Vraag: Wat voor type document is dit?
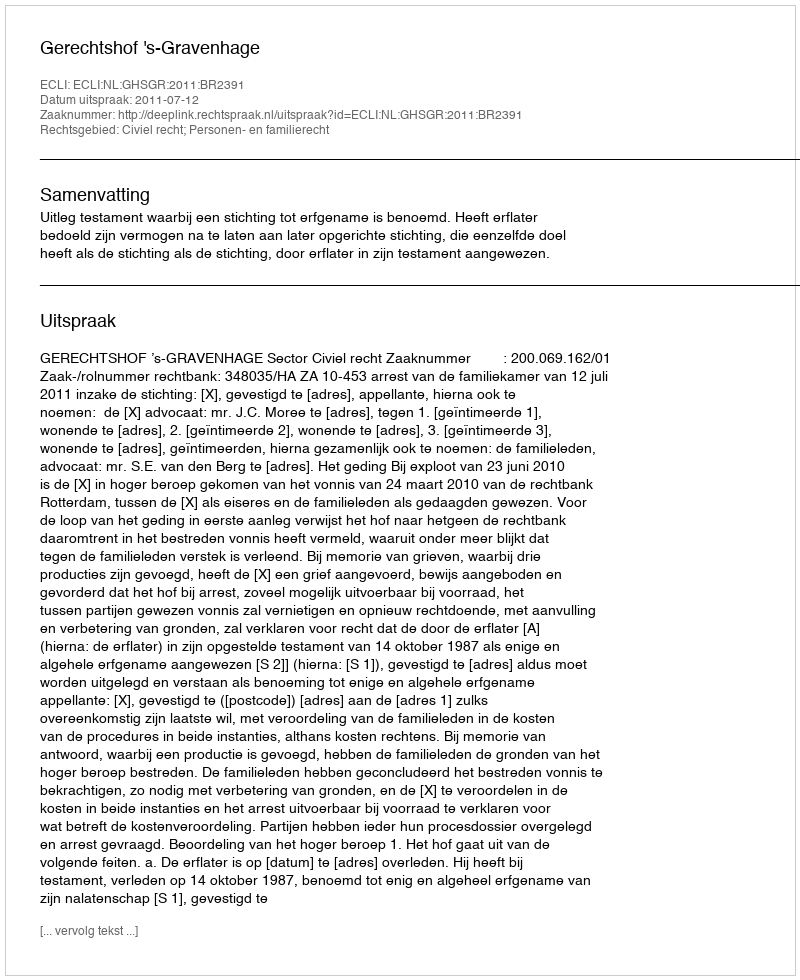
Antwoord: Uitspraak